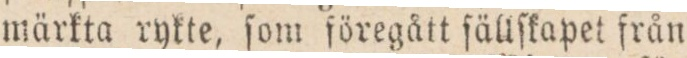
märkta rykte, ſom föregått ſällſkapet från